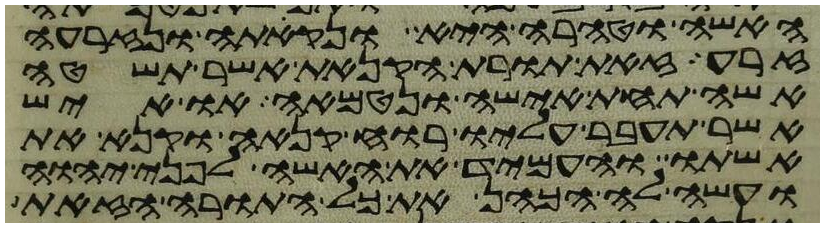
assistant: האשה וטהרה היא ונקתה ונזרעה
זרע זאת תורת הקנאת אשר תשטה
אשה תחת אישה ונטמאה או איש
אשר תעבר עליו רוח קנאה וקנא את
אשתו והעמיד את האשה לפני יהוה
ועשה לה הכהן את כל התורה הזאת